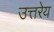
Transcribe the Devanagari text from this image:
उत्तरेय